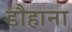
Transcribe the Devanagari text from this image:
डौहाना